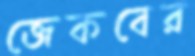
জেকবের